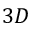
3 D